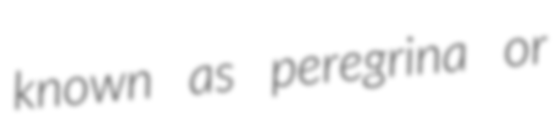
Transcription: known as peregrina or